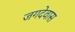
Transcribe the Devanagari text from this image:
जगदेवास